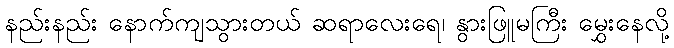
နည်းနည်း နောက်ကျသွားတယ် ဆရာလေးရေ၊ နွားဖြူမကြီး မွှေးနေလို့